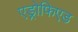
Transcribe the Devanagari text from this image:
एड्रोफिएड